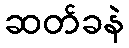
ဆတ်ခနဲ